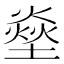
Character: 𤍢